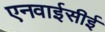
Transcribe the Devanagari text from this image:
एनवाईसीई